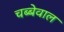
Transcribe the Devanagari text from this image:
चब्बेवाल